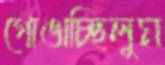
গোঙাচ্ছিলুম